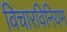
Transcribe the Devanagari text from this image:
विचारविनियम